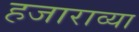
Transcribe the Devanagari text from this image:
हजाराव्या